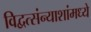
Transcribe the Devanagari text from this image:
विद्वत्संन्याशांमध्ये